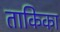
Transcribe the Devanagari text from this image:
ताकिका